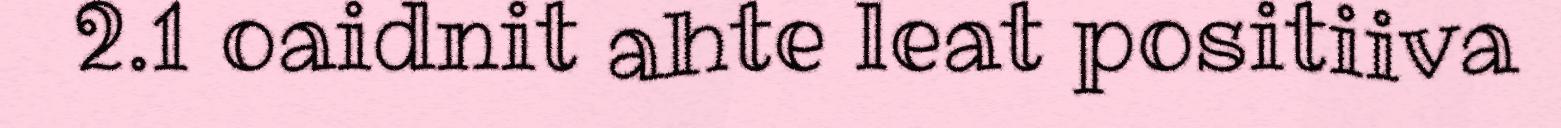
2.1 oaidnit ahte leat positiiva